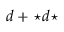
d + { \star } d { \star }